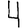
Digit: 4